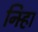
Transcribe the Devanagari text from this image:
निर्‍हा